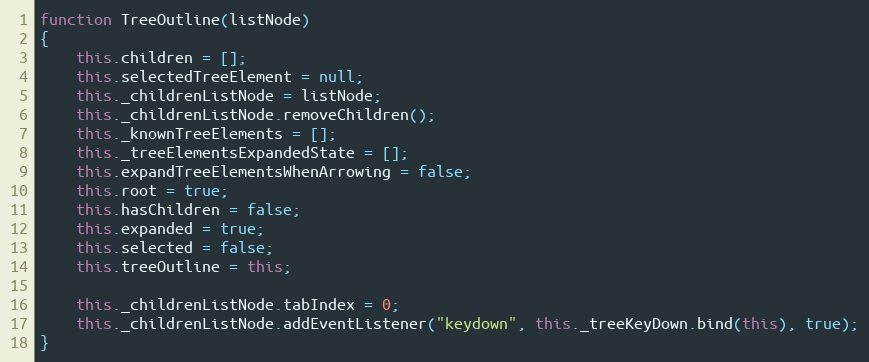
Language: JavaScript
function TreeOutline(listNode)
{
    this.children = [];
    this.selectedTreeElement = null;
    this._childrenListNode = listNode;
    this._childrenListNode.removeChildren();
    this._knownTreeElements = [];
    this._treeElementsExpandedState = [];
    this.expandTreeElementsWhenArrowing = false;
    this.root = true;
    this.hasChildren = false;
    this.expanded = true;
    this.selected = false;
    this.treeOutline = this;

    this._childrenListNode.tabIndex = 0;
    this._childrenListNode.addEventListener("keydown", this._treeKeyDown.bind(this), true);
}